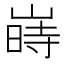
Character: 嵵